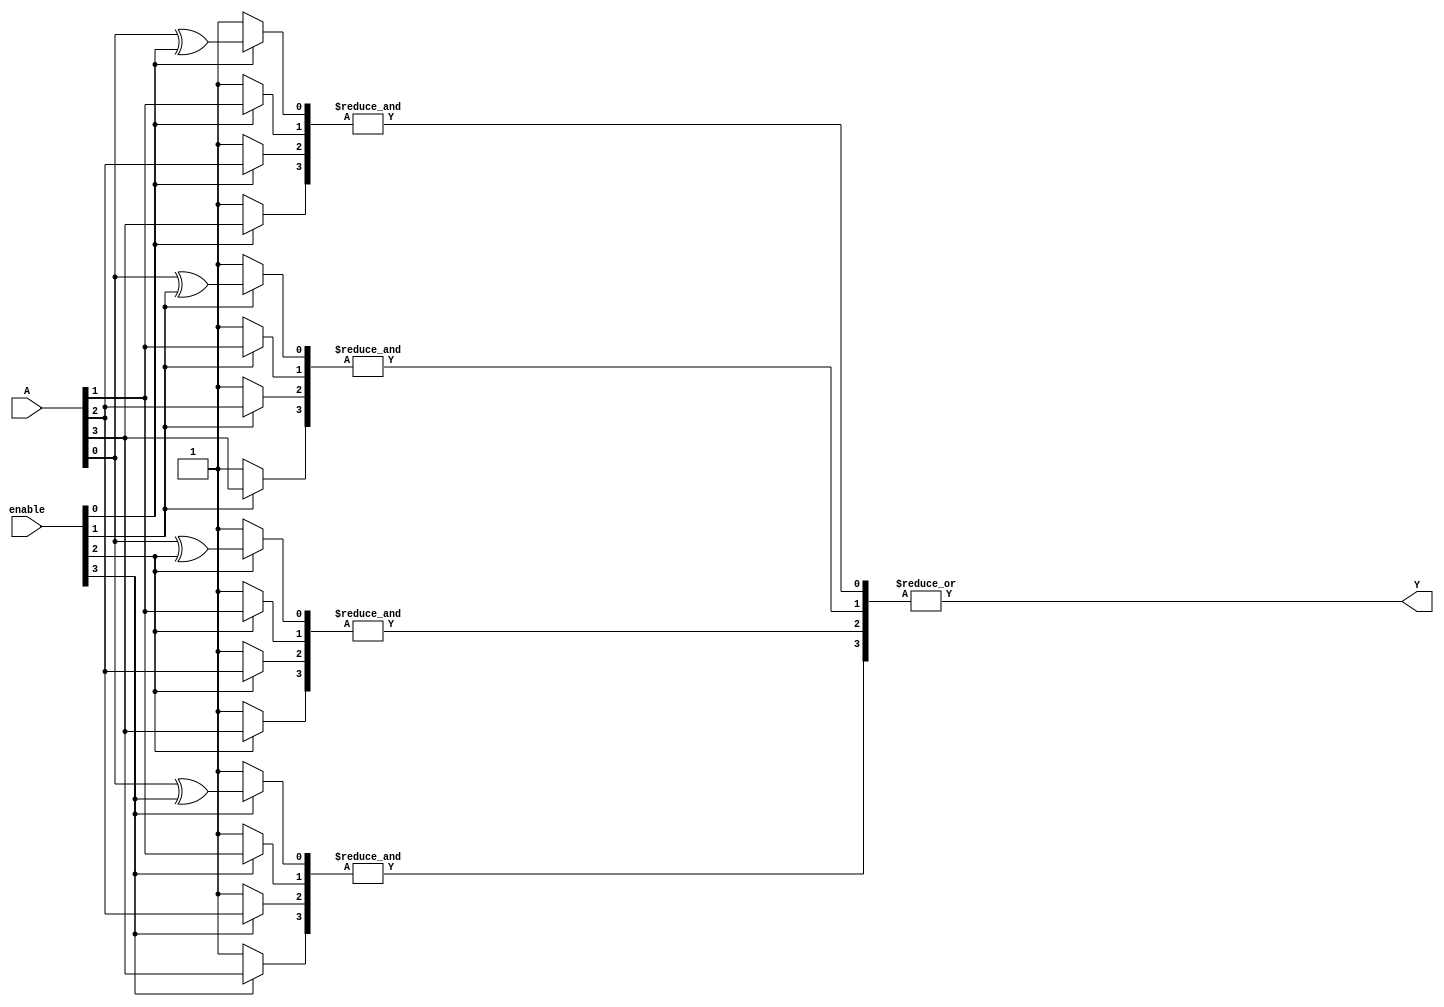
module GPAL #(parameter N = 4, // Number of inputs
              parameter M = 4, // Number of product terms
              parameter P = 1) // Number of outputs
(
    input wire [N-1:0] A, // Input vector
    input wire [M-1:0] enable, // Enable signals for each product term
    output wire [P-1:0] Y // Output vector
);

// Internal wires for product terms
wire [M-1:0] P_terms;

// Generate product terms based on inputs and enable signals
genvar i, j;
generate
    for (i = 0; i < M; i = i + 1) begin : and_array
        wire [N-1:0] and_inputs;
        // Create product term based on enable signals
        for (j = 0; j < N; j = j + 1) begin : input_select
            assign and_inputs[j] = enable[i] ? (A[j] ^ (enable[i] >> j & 1)) : 1'b1; // Invert input if needed
        end
        assign P_terms[i] = &and_inputs; // AND all inputs for this product term
    end
endgenerate

// Fixed OR array to combine product terms
assign Y = |P_terms; // OR all product terms for output

endmodule